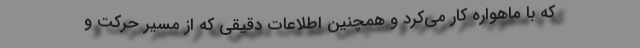
که با ماهواره کار می‌کرد و همچنین اطلاعات دقیقی که از مسیر حرکت و